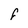
Character: F